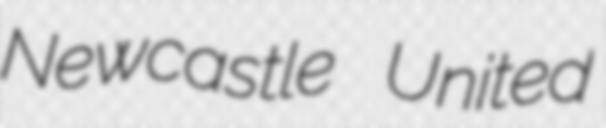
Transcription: Newcastle United